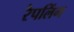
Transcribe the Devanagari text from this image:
रैपलिंग